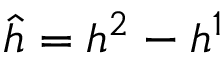
\widehat { h } = h ^ { 2 } - h ^ { 1 }